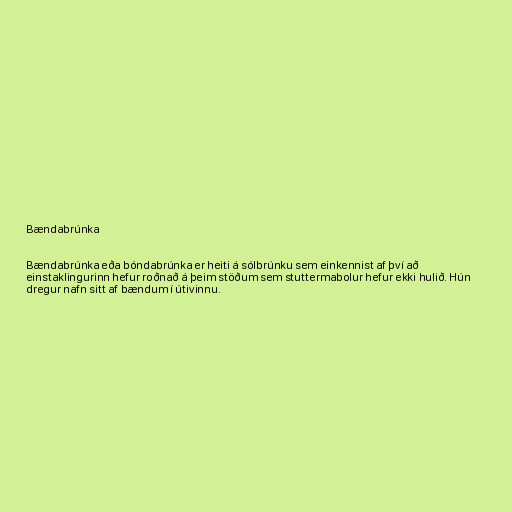
Bændabrúnka

Bændabrúnka eða bóndabrúnka er heiti á sólbrúnku sem einkennist af því að
einstaklingurinn hefur roðnað á þeim stöðum sem stuttermabolur hefur ekki hulið. Hún
dregur nafn sitt af bændum í útivinnu.